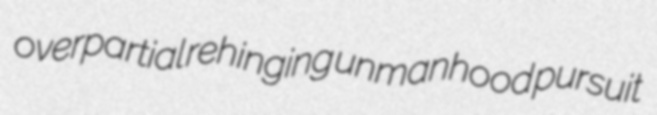
overpartial rehinging unmanhood pursuit